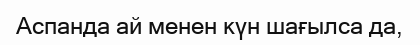
Аспанда ай менен күн шағылса да,